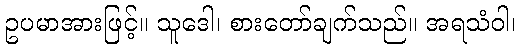
ဥပမာအားဖြင့်။ သူဒေါ၊ စားတော်ချက်သည်။ အရသံဝါ၊